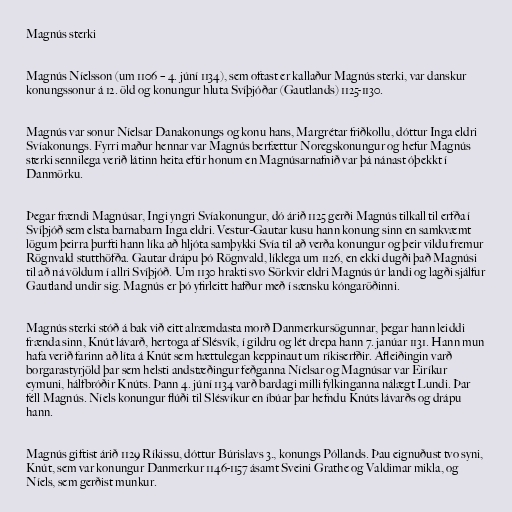
Magnús sterki

Magnús Níelsson (um 1106 – 4. júní 1134), sem oftast er kallaður Magnús sterki, var danskur
konungssonur á 12. öld og konungur hluta Svíþjóðar (Gautlands) 1125-1130.

Magnús var sonur Níelsar Danakonungs og konu hans, Margrétar friðkollu, dóttur Inga eldri
Svíakonungs. Fyrri maður hennar var Magnús berfættur Noregskonungur og hefur Magnús
sterki sennilega verið látinn heita eftir honum en Magnúsarnafnið var þá nánast óþekkt í
Danmörku.

Þegar frændi Magnúsar, Ingi yngri Svíakonungur, dó árið 1125 gerði Magnús tilkall til erfða í
Svíþjóð sem elsta barnabarn Inga eldri. Vestur-Gautar kusu hann konung sinn en samkvæmt
lögum þeirra þurfti hann líka að hljóta samþykki Svía til að verða konungur og þeir vildu fremur
Rögnvald stutthöfða. Gautar drápu þó Rögnvald, líklega um 1126, en ekki dugði það Magnúsi
til að ná völdum í allri Svíþjóð. Um 1130 hrakti svo Sörkvir eldri Magnús úr landi og lagði sjálfur
Gautland undir sig. Magnús er þó yfirleitt hafður með í sænsku kóngaröðinni.

Magnús sterki stóð á bak við eitt alræmdasta morð Danmerkursögunnar, þegar hann leiddi
frænda sinn, Knút lávarð, hertoga af Slésvík, í gildru og lét drepa hann 7. janúar 1131. Hann mun
hafa verið farinn að líta á Knút sem hættulegan keppinaut um ríkiserfðir. Afleiðingin varð
borgarastyrjöld þar sem helsti andstæðingur feðganna Níelsar og Magnúsar var Eiríkur
eymuni, hálfbróðir Knúts. Þann 4. júní 1134 varð bardagi milli fylkinganna nálægt Lundi. Þar
féll Magnús. Níels konungur flúði til Slésvíkur en íbúar þar hefndu Knúts lávarðs og drápu
hann.

Magnús giftist árið 1129 Ríkissu, dóttur Búrislavs 3., konungs Póllands. Þau eignuðust tvo syni,
Knút, sem var konungur Danmerkur 1146-1157 ásamt Sveini Grathe og Valdimar mikla, og
Níels, sem gerðist munkur.